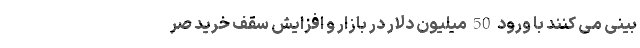
بینی می کنند با ورود 50 میلیون دلار در بازار و افزایش سقف خرید صر